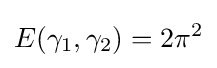
E(\gamma _{1},\gamma _{2})=2\pi ^{2}